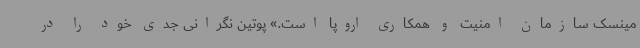
مینسک سازمان امنیت و همکاری اروپا است.» پوتین نگرانی جدی خود را در